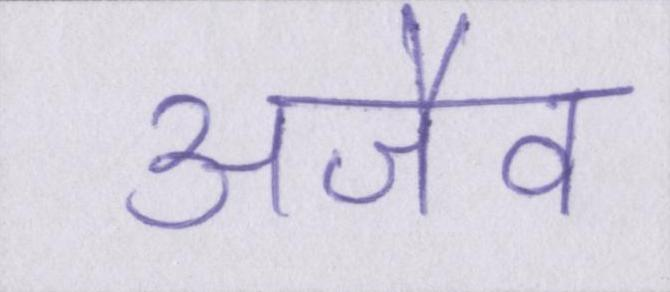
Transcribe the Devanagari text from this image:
अजैव